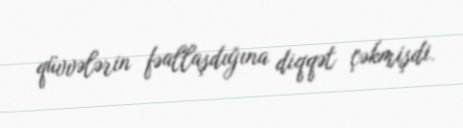
qüvvələrin fəallaşdığına diqqət çəkmişdi.